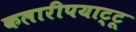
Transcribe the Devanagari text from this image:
कलारीपयाट्टू